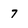
Character: 7